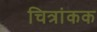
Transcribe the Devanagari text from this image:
चित्रांकक